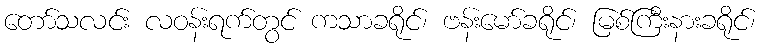
တော်သလင်း လဝန်းရက်တွင် ကသာခရိုင်၊ ဗန်းမော်ခရိုင်၊ မြစ်ကြီးနားခရိုင်၊